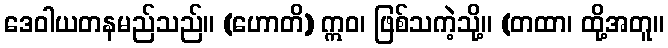
ဒေဝါယတနမည်သည်။ (ဟောတိ) ဣဝ၊ ဖြစ်သကဲ့သို့။ (တထာ၊ ထို့အတူ။